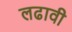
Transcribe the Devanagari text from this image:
लढावी